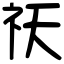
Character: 祆